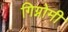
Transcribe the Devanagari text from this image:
गिग्नोमी